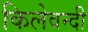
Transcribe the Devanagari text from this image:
किलेवन्दी